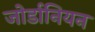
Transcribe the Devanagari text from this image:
जोर्डानियन